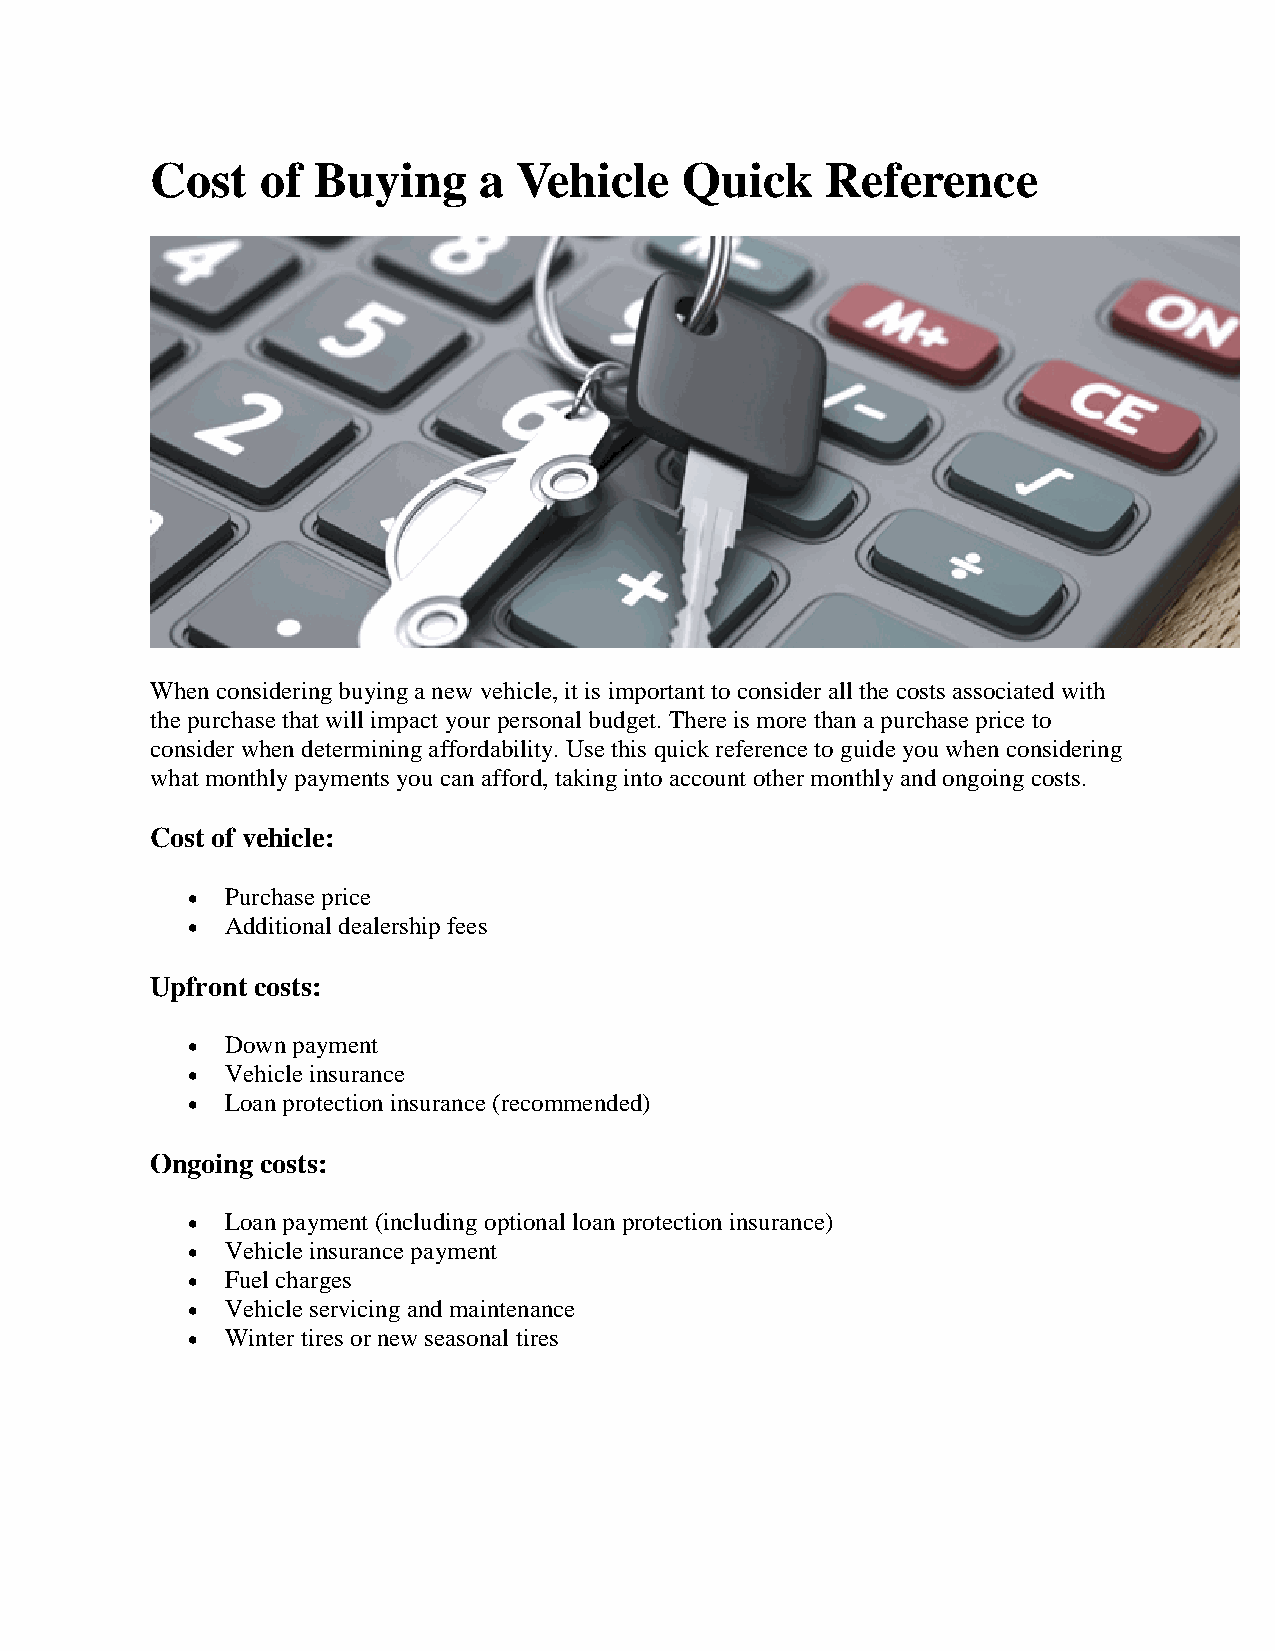
Cost   of  Buying     a Vehicle    Quick     Reference
 When considering buying a new vehicle, it is important to consider all the costs associated with
 the purchase that will impact your personal budget. There is more than a purchase price to
 consider when determining affordability. Use this quick reference to guide you when considering
 what monthly payments you can afford, taking into account other monthly and ongoing costs.
 Cost of vehicle:
 •  Purchase price
 •  Additional dealership fees
 Upfront costs:
 •  Down payment
 •  Vehicle insurance
 •  Loan protection insurance (recommended)
 Ongoing costs:
 •  Loan payment (including optional loan protection insurance)
 •  Vehicle insurance payment
 •  Fuel charges
 •  Vehicle servicing and maintenance
 •  Winter tires or new seasonal tires